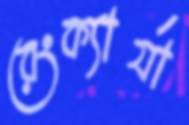
রেংক্যার্যা